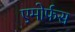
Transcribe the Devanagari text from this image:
एमोर्फस